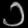
Digit: ၁